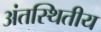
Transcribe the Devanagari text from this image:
अंतस्थितीय